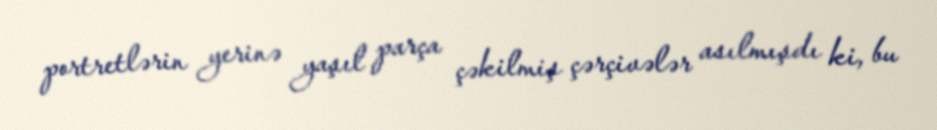
portretlərin yerinə yaşıl parça çəkilmiş çərçivələr asılmışdı ki, bu